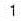
1